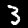
Label: 3